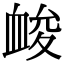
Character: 䘒